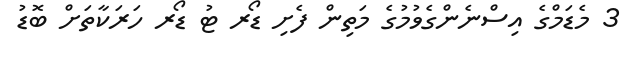
3 މެޑަމްގެ އިސްނެންގެވުމުގެ މަތިން ފެށި ޑޯރ ޓު ޑޯރ ހަރަކާތަށް ބޮޑު